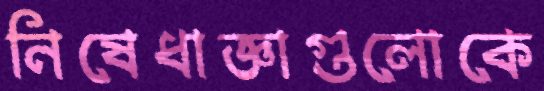
নিষেধাজ্ঞাগুলোকে